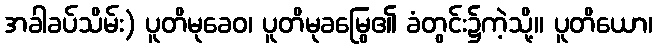
အခါခပ်သိမ်း) ပူတိမုခေဝ၊ ပူတိမုခမြွေ၏ ခံတွင်း၌ကဲ့သို့။ ပူတိယော၊